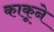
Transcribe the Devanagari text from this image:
काकूने